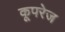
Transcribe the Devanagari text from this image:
कूपरेज